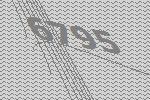
6795